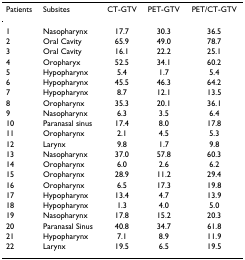
<table><thead><tr><td><b>Patients</b></td><td><b>Subsites</b></td><td><b>CT-GTV</b></td><td><b>PET-GTV</b></td><td><b>PET/CT-GTV</b></td></tr></thead><tbody><tr><td>1</td><td>Nasopharynx</td><td>17.7</td><td>30.3</td><td>36.5</td></tr><tr><td>2</td><td>Oral Cavity</td><td>65.9</td><td>49.0</td><td>78.7</td></tr><tr><td>3</td><td>Oral Cavity</td><td>16.1</td><td>22.2</td><td>25.1</td></tr><tr><td>4</td><td>Oropharyx</td><td>52.5</td><td>34.1</td><td>60.2</td></tr><tr><td>5</td><td>Hypopharynx</td><td>5.4</td><td>1.7</td><td>5.4</td></tr><tr><td>6</td><td>Hypopharynx</td><td>45.5</td><td>46.3</td><td>64.2</td></tr><tr><td>7</td><td>Hypopharynx</td><td>8.7</td><td>12.1</td><td>13.5</td></tr><tr><td>8</td><td>Oropharynx</td><td>35.3</td><td>20.1</td><td>36.1</td></tr><tr><td>9</td><td>Nasopharynx</td><td>6.3</td><td>3.5</td><td>6.4</td></tr><tr><td>10</td><td>Paranasal sinus</td><td>17.4</td><td>8.0</td><td>17.8</td></tr><tr><td>11</td><td>Oropharynx</td><td>2.1</td><td>4.5</td><td>5.3</td></tr><tr><td>12</td><td>Larynx</td><td>9.8</td><td>1.7</td><td>9.8</td></tr><tr><td>13</td><td>Nasopharynx</td><td>37.0</td><td>57.8</td><td>60.3</td></tr><tr><td>14</td><td>Oropharynx</td><td>6.0</td><td>2.6</td><td>6.2</td></tr><tr><td>15</td><td>Oropharynx</td><td>28.9</td><td>11.2</td><td>29.4</td></tr><tr><td>16</td><td>Oropharynx</td><td>6.5</td><td>17.3</td><td>19.8</td></tr><tr><td>17</td><td>Hypopharynx</td><td>13.4</td><td>4.7</td><td>13.9</td></tr><tr><td>18</td><td>Hypopharynx</td><td>1.3</td><td>4.0</td><td>5.0</td></tr><tr><td>19</td><td>Nasopharynx</td><td>17.8</td><td>15.2</td><td>20.3</td></tr><tr><td>20</td><td>Paranasal Sinus</td><td>40.8</td><td>34.7</td><td>61.8</td></tr><tr><td>21</td><td>Hypopharynx</td><td>7.1</td><td>8.9</td><td>11.9</td></tr><tr><td>22</td><td>Larynx</td><td>19.5</td><td>6.5</td><td>19.5</td></tr></tbody></table>